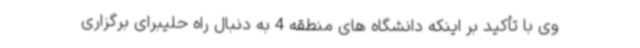
وی با تأکید بر اینکه دانشگاه های منطقه 4 به دنبال راه حلیبرای برگزاری